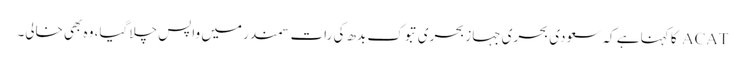
ACAT کا کہنا ہے کہ سعودی بحری جہاز بحری تبوک بدھ کی رات سمندر میں واپس چلا گیا، وہ بھی خالی۔